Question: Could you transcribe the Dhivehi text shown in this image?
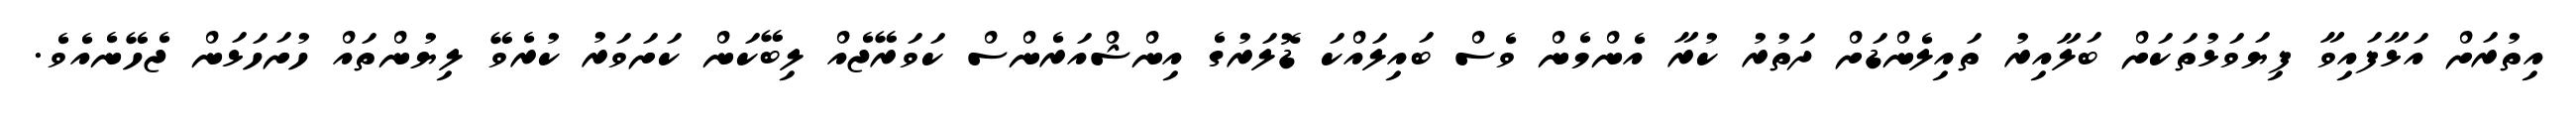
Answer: އިތުރަށް އަޅާފައިވާ ފިޔަވަޅުތަކަށް ބަލާއިރު ތައިލެންޑަށް ދަތުރު ކުރާ އެންމެން ވެސް ބައިލައްކަ ޑޮލަރުގެ އިންޝްއަރެންސް ކަވަރޭޖެއް ލިބޭކަން ކަށަވަރު ކުރެވޭ ލިޔުންތައް ހުށަހަޅަން ޖެހޭނެއެވެ.